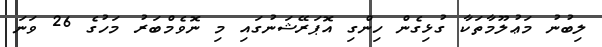
ލިބުނު މަޢުލޫމާތަކާ ގުޅިގެން ހިންގި އޮޕަރޭޝަނުގައި މި ނޮވެމްބަރު މަހުގެ 26 ވަނަ